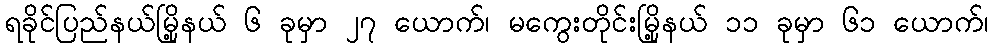
ရခိုင်ပြည်နယ်မြို့နယ် ၆ ခုမှာ ၂၇ ယောက်၊ မကွေးတိုင်းမြို့နယ် ၁၁ ခုမှာ ၆၁ ယောက်၊